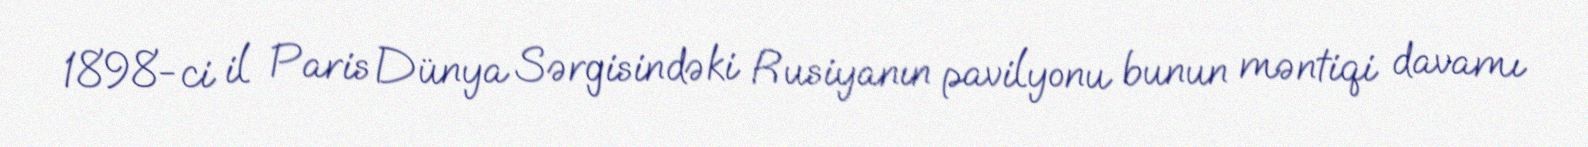
1898-ci il Paris Dünya Sərgisindəki Rusiyanın pavilyonu bunun məntiqi davamı